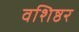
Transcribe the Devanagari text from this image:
वशिष्ठर